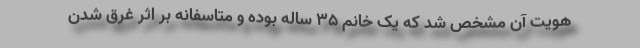
هویت آن مشخص شد که یک خانم ۳۵ ساله بوده و متاسفانه بر اثر غرق شدن